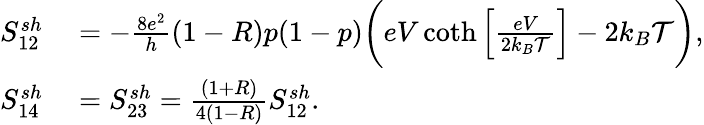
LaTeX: \begin{array}{rl}{S_{12}^{sh}}&{{}=-\frac{8e^{2}}{h}(1-R)p(1-p)\bigg(eV\coth\left[\frac{eV}{2k_{B}\mathcal{T}}\right]-2k_{B}\mathcal{T}\bigg),}\\ {S_{14}^{sh}}&{{}=S_{23}^{sh}=\frac{(1+R)}{4(1-R)}S_{12}^{sh}.}\end{array}